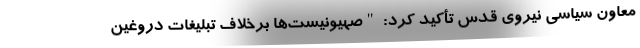
معاون سیاسی نیروی قدس تأکید کرد: "صهیونیست‌ها برخلاف تبلیغات دروغین